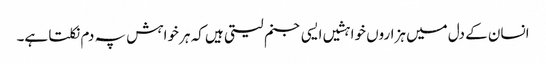
انسان کے دل میں ہزاروں خواہشیں ایسی جنم لیتی ہیں کہ ہر خواہش پہ دم نکلتا ہے۔